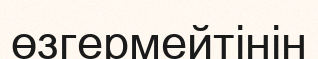
өзгермейтінін